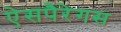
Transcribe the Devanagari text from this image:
ऐसपैरेगस